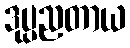
ဒုပ္ပညတာယ